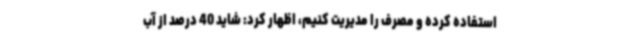
استفاده کرده و مصرف را مدیریت کنیم، اظهار کرد: شاید 40 درصد از آب